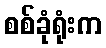
စစ်ခုံရုံးက